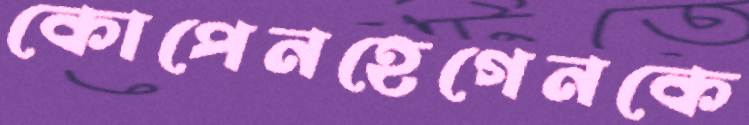
কোপেনহেগেনকে